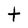
Character: t